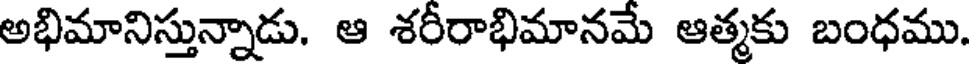
అభిమానిస్తున్నాడు. ఆ శరీరాభిమానమే ఆత్మకు బంధము.